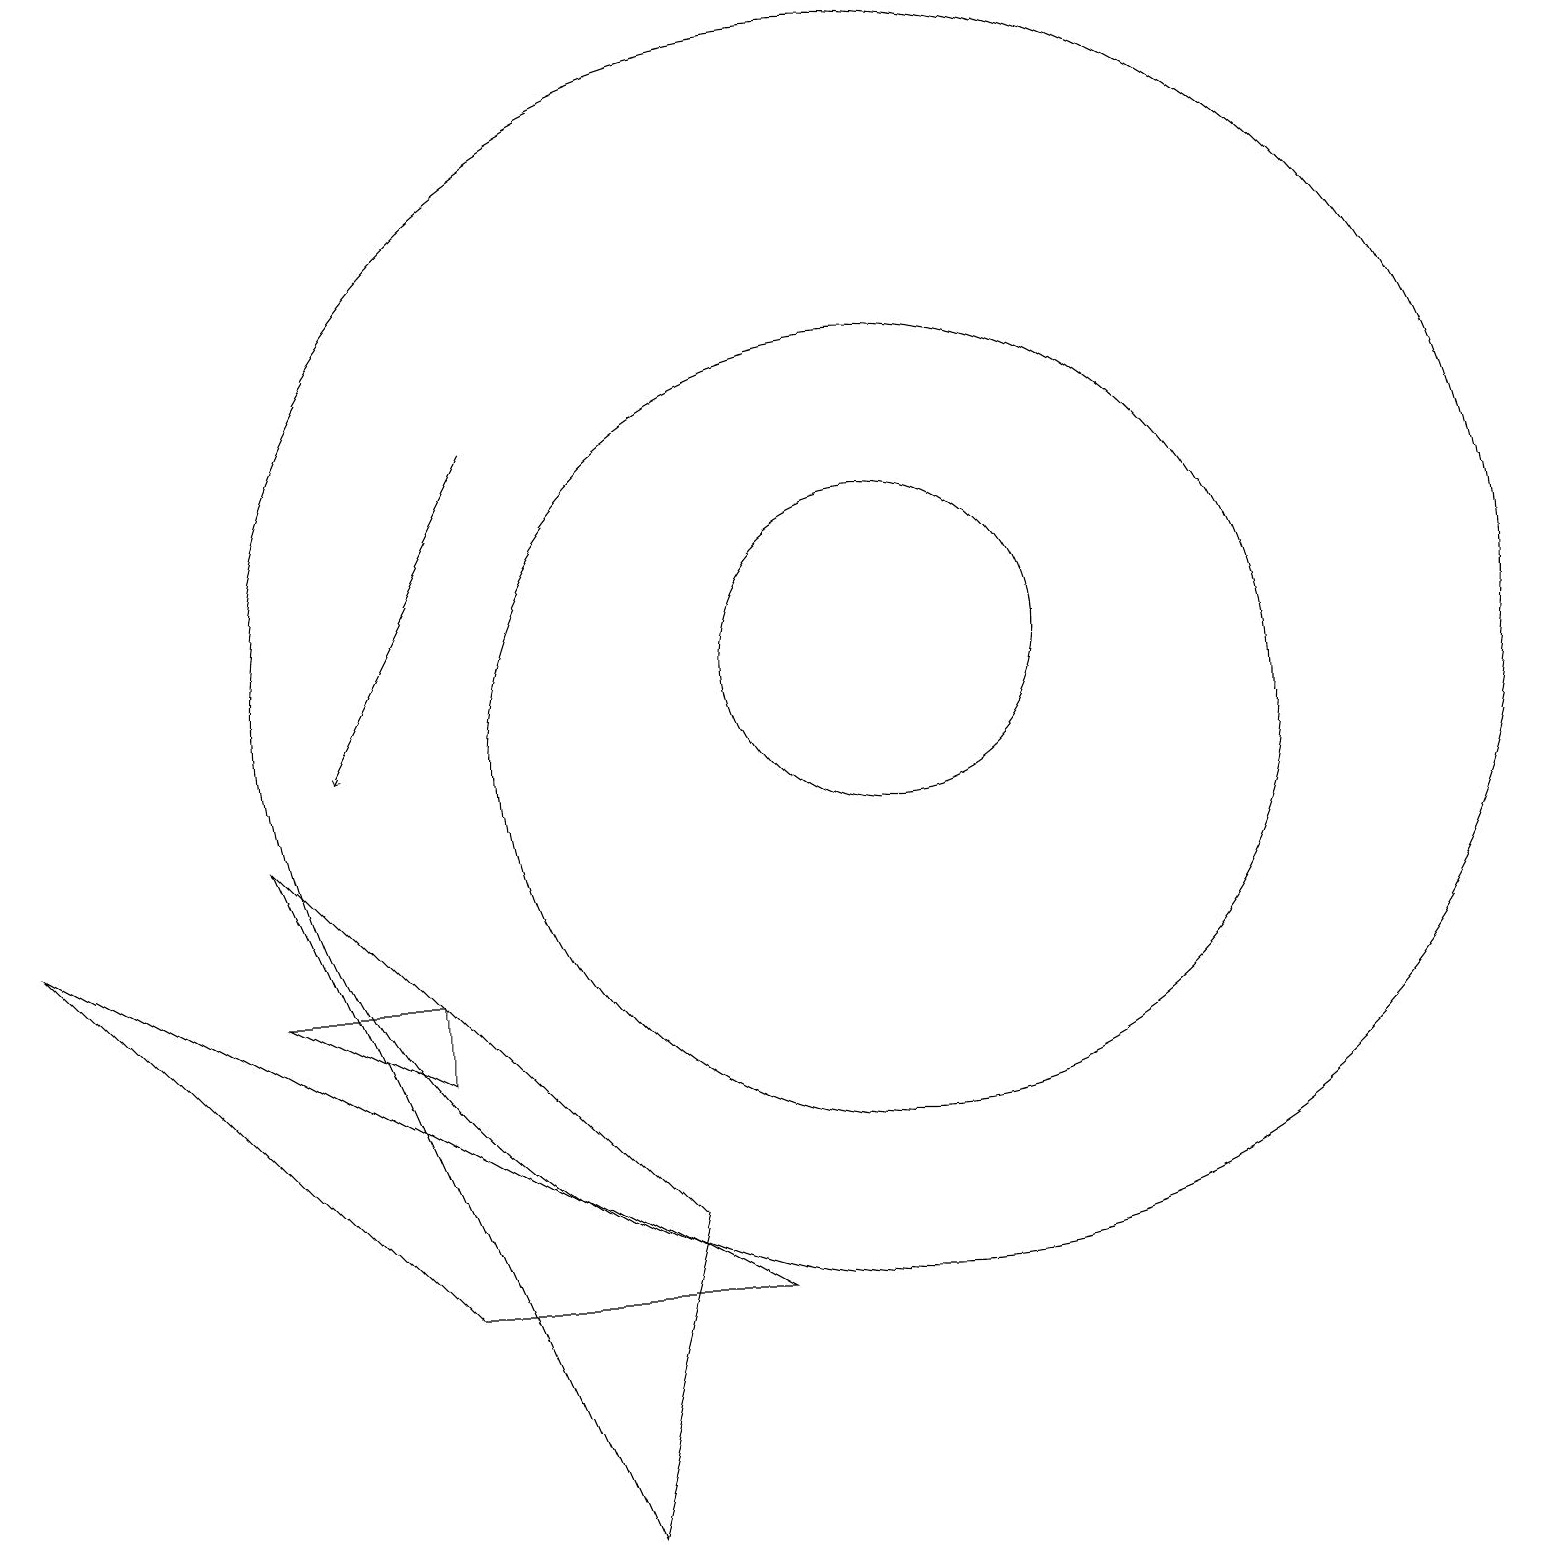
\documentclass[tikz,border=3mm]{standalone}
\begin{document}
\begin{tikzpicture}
\draw (11,11) circle (2);
\draw (11,11) circle (8);
\draw (5,3) -- (9,3) -- (0,8) -- cycle;
\draw (8,4) -- (3,9) -- (7,0) -- cycle;
\draw (11,10) circle (5);
\draw (3,7) -- (5,6) -- (5,7) -- cycle;
\draw[->] (6,14) -- (4,10);
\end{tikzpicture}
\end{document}